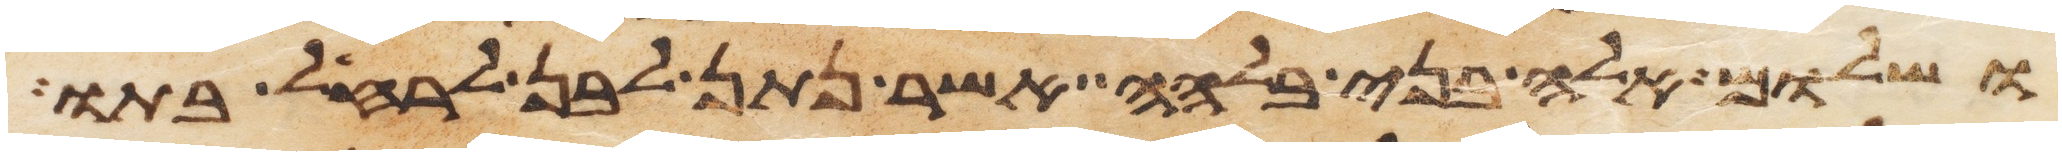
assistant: ושלום אלה בני בלהה אשר נתן לבן לרחל בתו